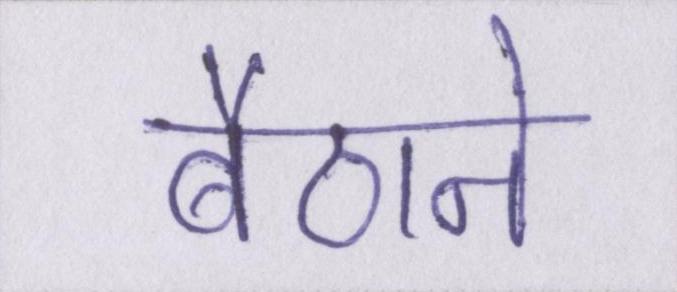
बैठाने